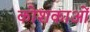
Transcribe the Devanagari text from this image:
कोशकाओं